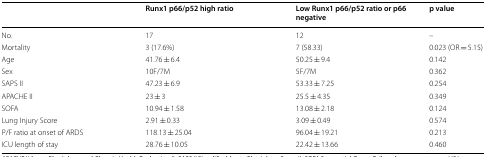
<table><thead><tr><td></td><td><b>Runx1 p66/p52 high ratio</b></td><td><b>Low Runx1 p66/p52 ratio or p66 negative</b></td><td><b>p value</b></td></tr></thead><tbody><tr><td>No.</td><td>17</td><td>12</td><td>–</td></tr><tr><td>Mortality</td><td>3 (17.6%)</td><td>7 (58.33)</td><td>0.023 (OR = 5.15)</td></tr><tr><td>Age</td><td>41.76 ± 6.4</td><td>50.25 ± 9.4</td><td>0.142</td></tr><tr><td>Sex</td><td>10F/7M</td><td>5F/7M</td><td>0.362</td></tr><tr><td>SAPS II</td><td>47.23 ± 6.9</td><td>53.33 ± 7.25</td><td>0.254</td></tr><tr><td>APACHE II</td><td>23 ± 3</td><td>25.5 ± 4.35</td><td>0.349</td></tr><tr><td>SOFA</td><td>10.94 ± 1.58</td><td>13.08 ± 2.18</td><td>0.124</td></tr><tr><td>Lung Injury Score</td><td>2.91 ± 0.33</td><td>3.09 ± 0.49</td><td>0.574</td></tr><tr><td>P/F ratio at onset of ARDS</td><td>118.13 ± 25.04</td><td>96.04 ± 19.21</td><td>0.213</td></tr><tr><td>ICU length of stay</td><td>28.76 ± 10.05</td><td>22.42 ± 13.66</td><td>0.460</td></tr></tbody></table>